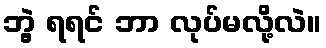
ဘွဲ့ ရရင် ဘာ လုပ်မလို့လဲ။